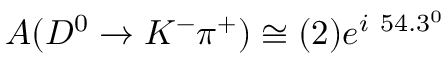
A ( D ^ { 0 } \to K ^ { - } \pi ^ { + } ) \cong ( 2 ) e ^ { i ~ 5 4 . 3 ^ { 0 } }